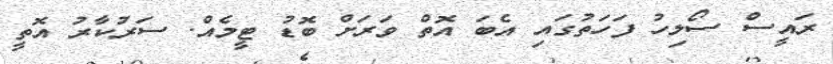
ރައީސް ސޯލިހު ފަހަތުގައި އެބަ އޮތް ވަރަށް ބޮޑު ޓީމެއް. ސަރުކާރު އޮތީ